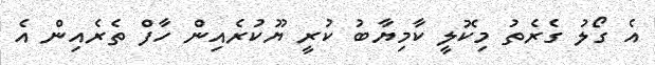
އެ ގޯލު ގެރެތު މިކޮލީ ކާމިޔާބު ކުރީ ޔޫކުރެއިން ހާފް ތެރެއިން އެ